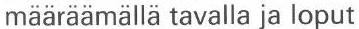
määräämällä tavalla ja loput